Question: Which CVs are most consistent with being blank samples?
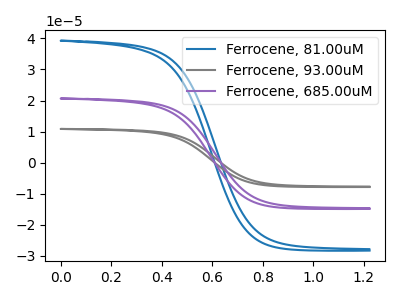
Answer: <think>The blue curve "Ferrocene, 81.00uM" has no peaks. The gray curve "Ferrocene, 93.00uM" has no peaks. The purple curve "Ferrocene, 685.00uM" has no peaks.</think>
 <answer>"Ferrocene, 81.00uM", "Ferrocene, 93.00uM" and "Ferrocene, 685.00uM" are likely to be blanks.</answer>
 <eval>"Ferrocene, 81.00uM", "Ferrocene, 93.00uM", "Ferrocene, 685.00uM"</eval>